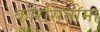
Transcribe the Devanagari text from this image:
कारसिनोमा